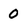
Character: 0